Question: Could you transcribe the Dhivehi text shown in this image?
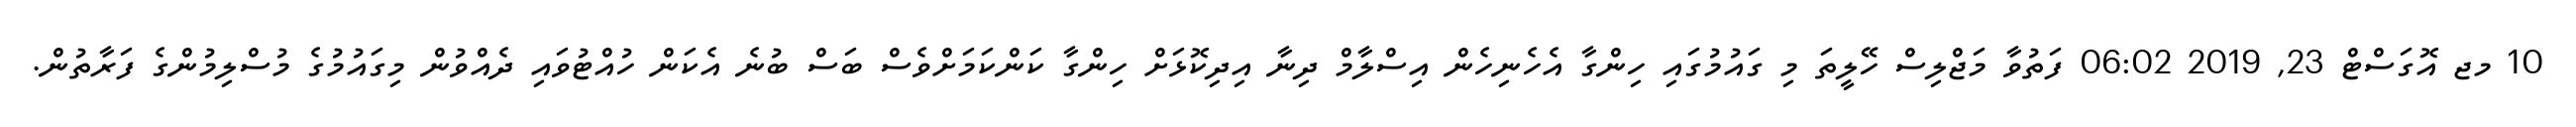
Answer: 10 މޖ އޮގަސްޓް 23, 2019 06:02 ފަތުވާ މަޖްލިސް ހޭލީތަ މި ގައުމުގައި ހިންގާ އެހެނިހެން އިސްލާމް ދިނާ އިދިކޮޅަށް ހިންގާ ކަންކަމަށްވެސް ބަސް ބުނެ އެކަން ހުއްޓުވައި ދެއްވުން މިގައުމުގެ މުސްލިމުންގެ ފަރާތުން.